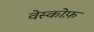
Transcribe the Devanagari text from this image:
वेस्कोफ़